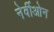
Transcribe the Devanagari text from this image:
नेर्वीओन